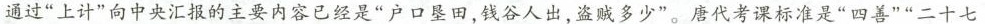
通过”上计”向中央汇报的主要内容已经是”户口垦田，钱谷人出，盗贼多少”。唐代考课标准是”四善””二十七